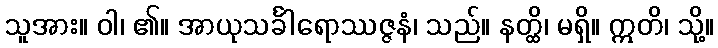
သူအား။ ဝါ၊ ၏။ အာယုသင်္ခါရောဿဇ္ဇနံ၊ သည်။ နတ္ထိ၊ မရှိ။ ဣတိ၊ သို့။